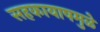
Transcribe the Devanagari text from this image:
सहकायाषमुळे